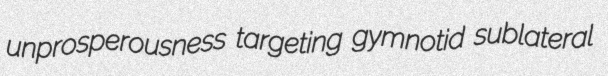
unprosperousness targeting gymnotid sublateral